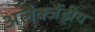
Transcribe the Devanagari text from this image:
अलैक्जैंड्रीय